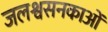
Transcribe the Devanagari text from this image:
जलश्वसनकाओं